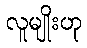
လူမျိုးဟု